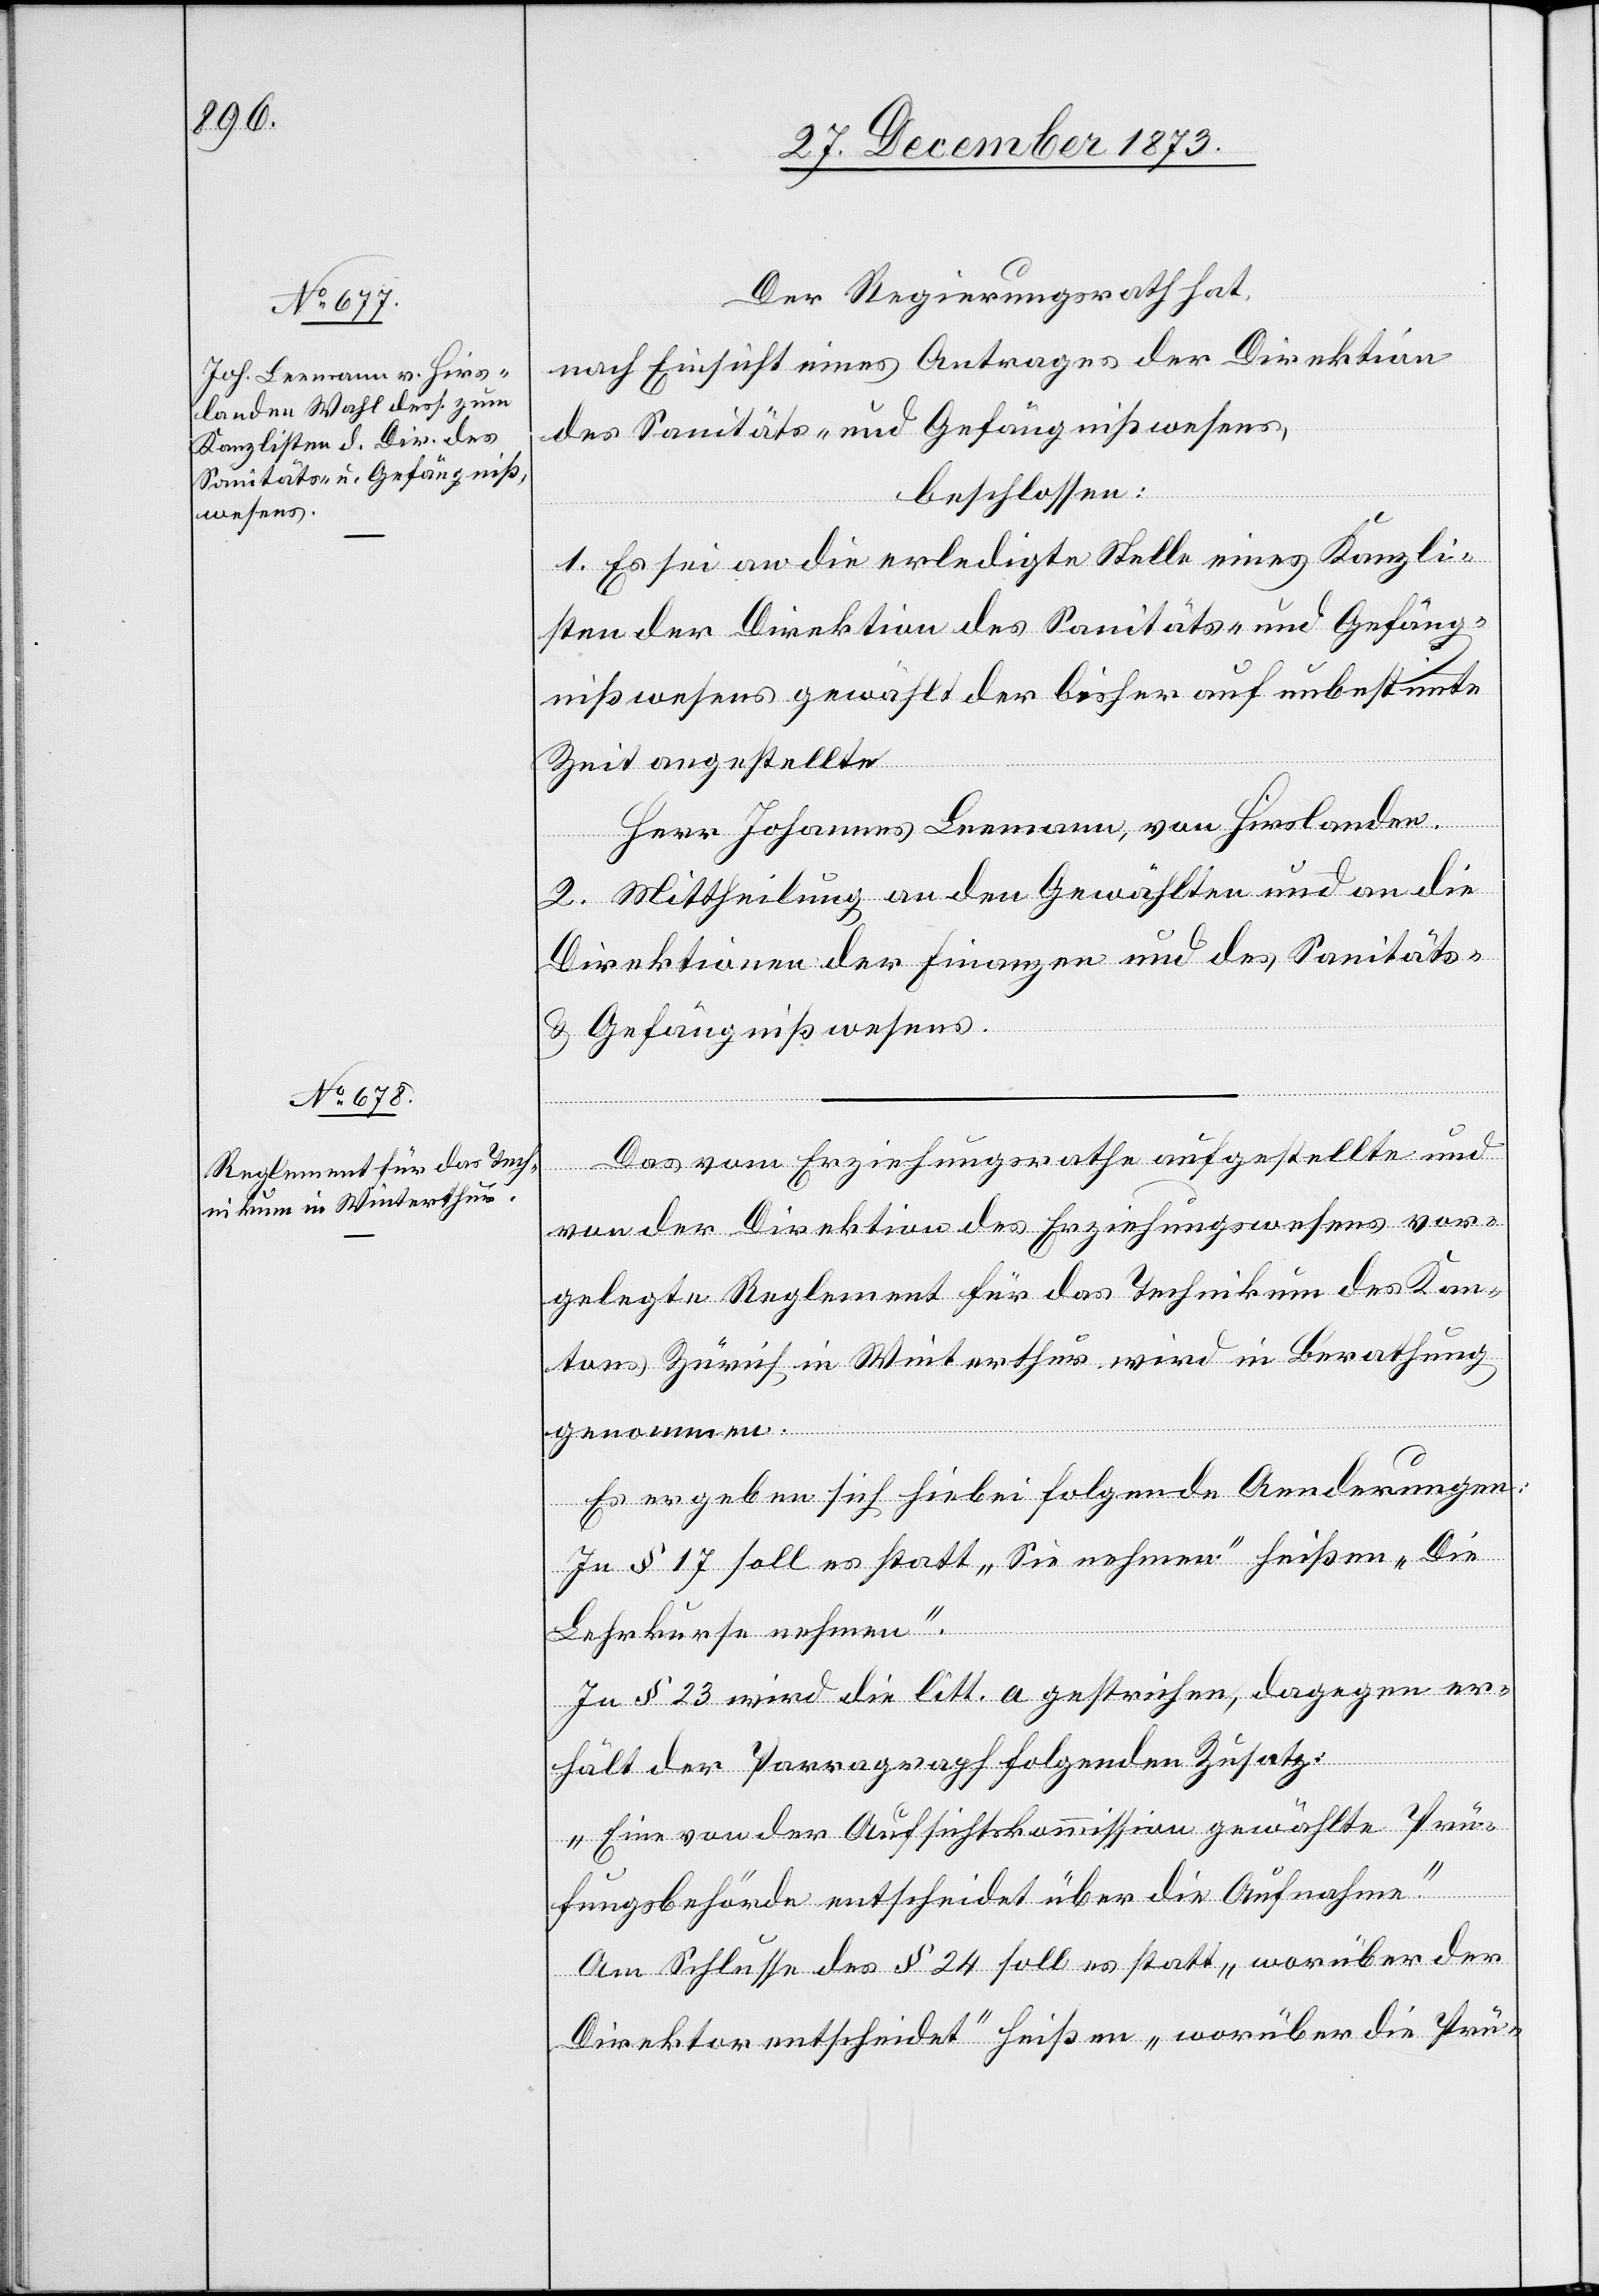
Der Regierungsrath hat,
nach Einsicht eines Antrages der Direktion
des Sanitäts- und Gefängnißwesens,
beschlossen:
1. Es sei an die erledigte Stelle eines Kanzli¬
sten der Direktion des Sanitäts- und Gefäng¬
nißwesens gewählt der bisher auf unbestimmte
Zeit angestellte
Herr Johannes Leemann, von Hirslanden.
2. Mittheilung an den Gewählten und an die
Direktionen der Finanzen und des Sanitäts-
& Gefängnißwesens.
Das vom Erziehungsrathe aufgestellte und
von der Direktion des Erziehungswesens vor¬
gelegte Reglement für das Technikum des Kan¬
tons Zürich in Winterthur wird in Berathung
genommen.
Es ergeben sich hiebei folgende Aenderungen:
In § 17 soll es statt „Sie nehmen“ heißen „Die
Lehrkurse nehmen“.
In § 23 wird die litt. a gestrichen, dagegen er¬
hält der Parragraph folgenden Zusatz:
„Eine von der Aufsichtskommission gewählte Prü¬
fungsbehörde entscheidet über die Aufnahme.“
Am Schlusse des § 24 soll es statt „worüber der
Direktor entscheidet“ heißen „worüber die Prü-